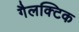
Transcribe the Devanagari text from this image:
गैलक्टिक